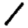
Digit: 1